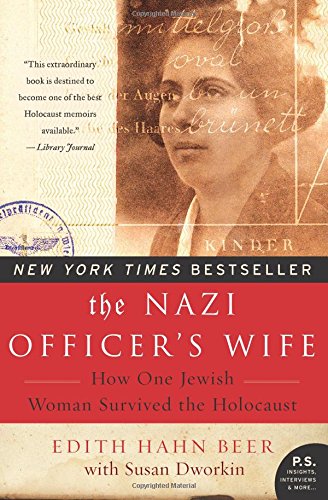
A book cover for The Nazi Officer's Wife: How One Jewish Woman Survived the Holocaust; Edith H. Beer; Religion & Spirituality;